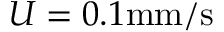
U = 0 . 1 \mathrm { m m / s }